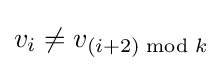
v_{i}\neq v_{(i+2){\bmod {k}}}